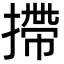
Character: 摕